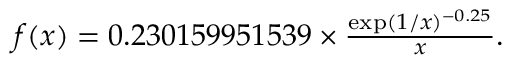
\begin{array} { r } { f ( x ) = 0 . 2 3 0 1 5 9 9 5 1 5 3 9 \times \frac { \exp ( 1 / x ) ^ { - 0 . 2 5 } } { x } . } \end{array}